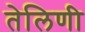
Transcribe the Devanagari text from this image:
तेलिणी